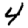
Digit: 4